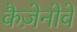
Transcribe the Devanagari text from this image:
कैज़ेनोवे